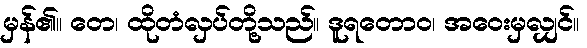
မှန်၏။ တေ၊ ထိုတံလှပ်တို့သည်။ ဒူရတောဝ၊ အဝေးမှလျှင်။